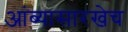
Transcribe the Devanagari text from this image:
आंब्यासारखेच